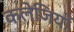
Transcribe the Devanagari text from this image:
कलेजियों